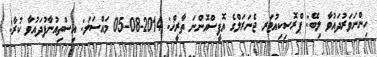
ހިންނަވަރުދައުވާ ލިބޭ: ޕްރޮސިކިއުޓަރ ޖެނަރަލްގެ އޮފީސްއޮންނަ ތާރީޚް: 2014-08-05 މައްސަލަ: އިސްތިއުނާފުދައުވާ ކުރާ: